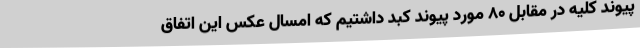
پیوند کلیه در مقابل 80 مورد پیوند کبد داشتیم که امسال عکس این اتفاق